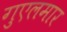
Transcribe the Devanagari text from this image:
गुएलमार